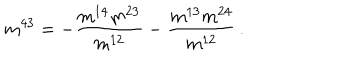
LaTeX: m ^ { 4 3 } = - \frac { m ^ { 1 4 } m ^ { 2 3 } } { m ^ { 1 2 } } - \frac { m ^ { 1 3 } m ^ { 2 4 } } { m ^ { 1 2 } } \, .